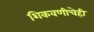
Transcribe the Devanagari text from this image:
शिकवणीचेही